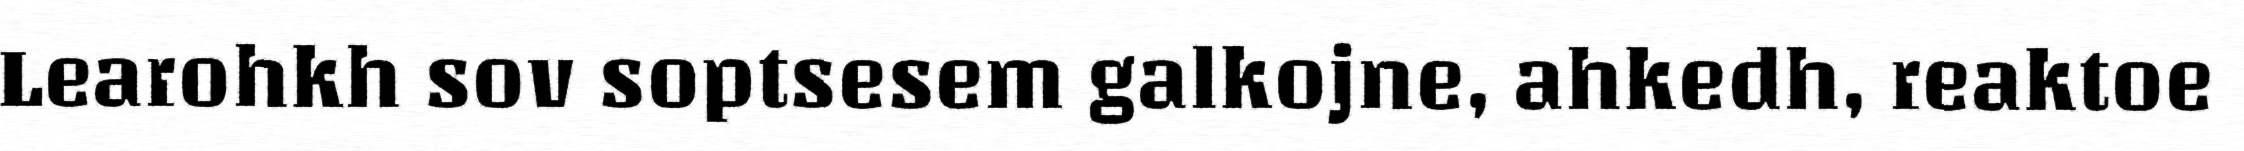
Learohkh sov soptsesem galkojne, ahkedh, reaktoe